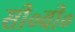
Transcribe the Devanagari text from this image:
सी॰वी॰